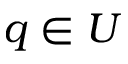
q \in U